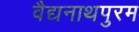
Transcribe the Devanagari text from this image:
वैद्यनाथपुरम